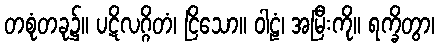
တစုံတခု၌။ ပဋိလဂ္ဂိတံ၊ ငြိသော။ ဝါဠံ၊ အမြီးကို။ ရက္ခိတွာ၊